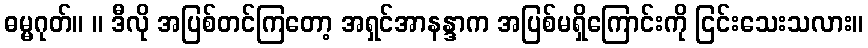
ဓမ္မဂုတ်။ ။ ဒီလို အပြစ်တင်ကြတော့ အရှင်အာနန္ဒာက အပြစ်မရှိကြောင်းကို ငြင်းသေးသလား။